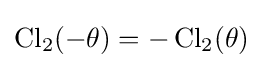
\operatorname {Cl} _{2}(-\theta )=-\operatorname {Cl} _{2}(\theta )